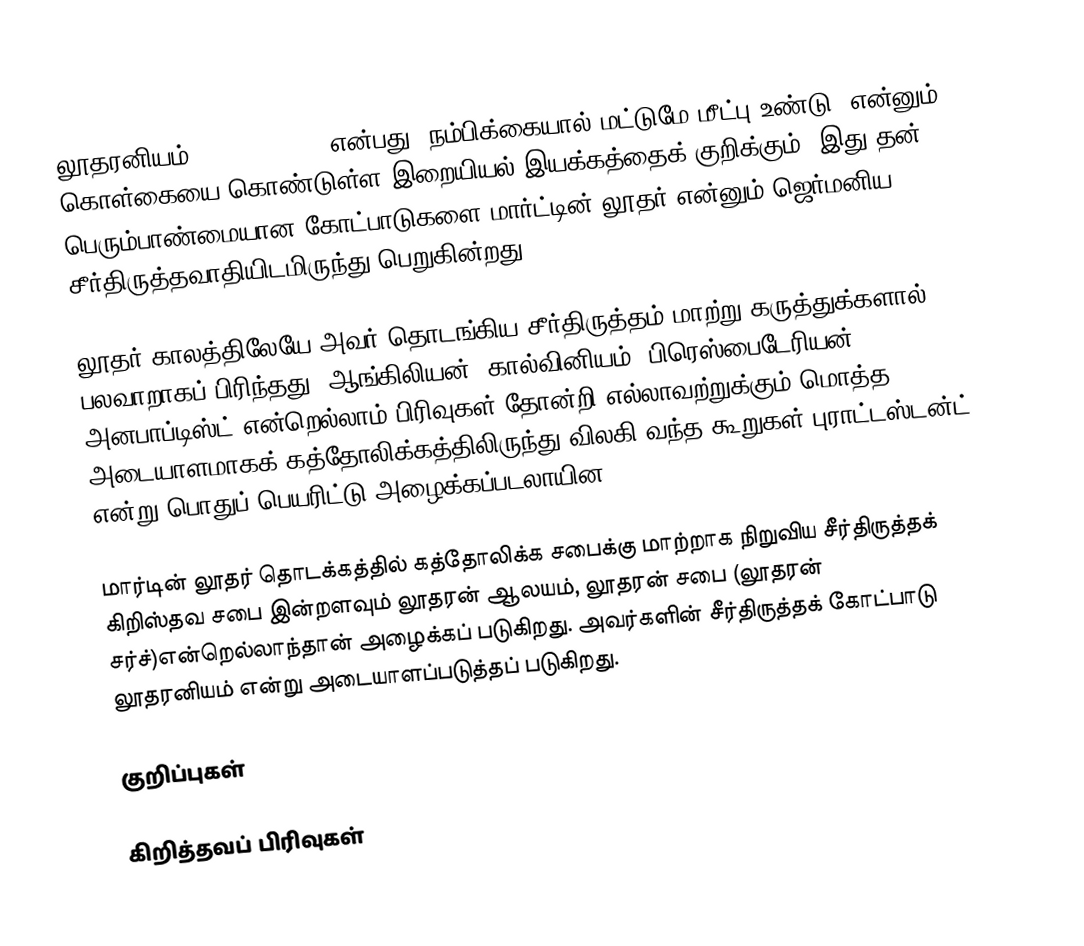
லூதரனியம் (Lutheranism) என்பது "நம்பிக்கையால் மட்டுமே மீட்பு உண்டு" என்னும் கொள்கையை கொண்டுள்ள இறையியல் இயக்கத்தைக் குறிக்கும். இது தன் பெரும்பாண்மையான கோட்பாடுகளை மார்ட்டின் லூதர் என்னும் ஜெர்மனிய சீர்திருத்தவாதியிடமிருந்து பெறுகின்றது.

லூதர் காலத்திலேயே அவர் தொடங்கிய சீர்திருத்தம் மாற்று கருத்துக்களால் பலவாறாகப் பிரிந்தது. ஆங்கிலியன், கால்வினியம், பிரெஸ்பைடேரியன், அனபாப்டிஸ்ட் என்றெல்லாம் பிரிவுகள் தோன்றி எல்லாவற்றுக்கும் மொத்த அடையாளமாகக் கத்தோலிக்கத்திலிருந்து விலகி வந்த கூறுகள் புராட்டஸ்டன்ட் என்று பொதுப் பெயரிட்டு அழைக்கப்படலாயின.

மார்டின் லூதர் தொடக்கத்தில் கத்தோலிக்க சபைக்கு மாற்றாக நிறுவிய சீர்திருத்தக் கிறிஸ்தவ சபை இன்றளவும் லூதரன் ஆலயம், லூதரன் சபை (லூதரன் சர்ச்)என்றெல்லாந்தான் அழைக்கப் படுகிறது. அவர்களின் சீர்திருத்தக் கோட்பாடு லூதரனியம் என்று அடையாளப்படுத்தப் படுகிறது.

குறிப்புகள்

கிறித்தவப் பிரிவுகள்